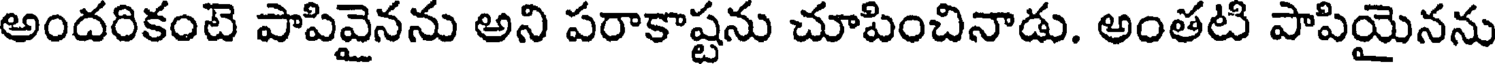
అందరికంటె పాపివైనను అని పరాకాష్టను చూపించినాడు. అంతటి పాపియైనను